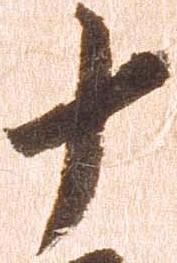
十